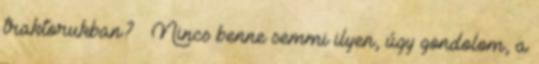
traktorukban? – Nincs benne semmi ilyen, úgy gondolom, a